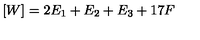
[ W ] = 2 E _ { 1 } + E _ { 2 } + E _ { 3 } + 1 7 F